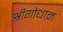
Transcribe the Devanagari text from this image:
श्रीगोधाम